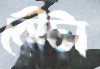
বৌটা